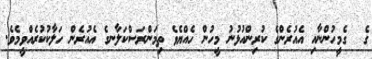
ގެ  ގެމީހުންނާއި އެއުރެންގެ ކުރިންއުޅުނު މީހުން ހެއްޔެވެ ތިމަންރަސްކަލާނގެ އެއުރެން ހަލާކުކުރެއްވީމެވެ.